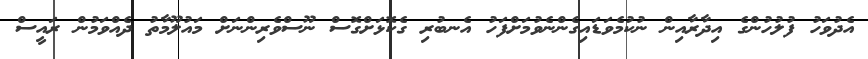
އެދުވަހު ފުލުހުންގެ އިދާރާއިން ނުކުމެވަޑައިގެންނެވުމަށްފަހު އެނބުރި ގެކޮޅަށްގޮސް ނޫސްވެރިންނަށް މައުލޫމާތު ދެއްވަމުން ރައީސް